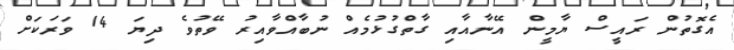
އެގޮތުން ރައީސް ޔާމީން އޭނާއާއި ގާތްގުޅުމެއް ނުބާއްވާއިރު ވޭތުވެ ދިޔަ 14 ވަރަކަށް